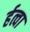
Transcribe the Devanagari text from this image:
र्हत्वा